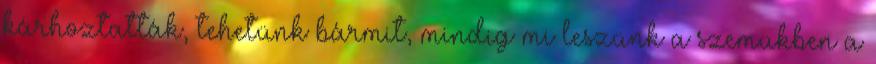
kárhoztatták, tehetünk bármit, mindig mi leszünk a szemükben a